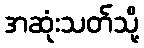
အဆုံးသတ်သို့